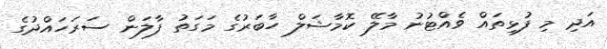
އަދި މި ފުޅިތައް ވެއްޓުނު މާލޭ ކޮމާޝަލް ހާބަރުގެ މަގަތު ފާލަން ސަރަހައްދުގެ